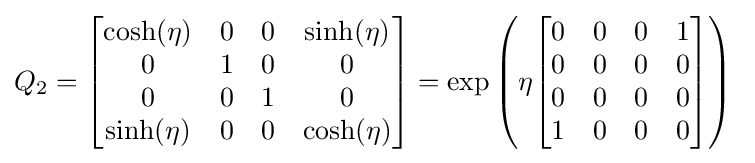
Q_{2}={\begin{bmatrix}\cosh(\eta )&0&0&\sinh(\eta )\\0&1&0&0\\0&0&1&0\\\sinh(\eta )&0&0&\cosh(\eta )\end{bmatrix}}=\exp \left(\eta {\begin{bmatrix}0&0&0&1\\0&0&0&0\\0&0&0&0\\1&0&0&0\end{bmatrix}}\right)~